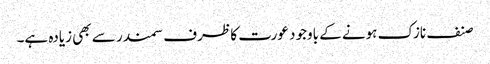
صنف نازک ہونے کے باوجود عورت کا ظرف سمندر سے بھی زیادہ ہے۔